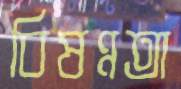
বিষণ্নতা